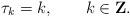
LaTeX: \begin{align*}\tau_k=k, \qquad k\in {\bf Z}.\end{align*}